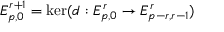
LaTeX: E _ { p , 0 } ^ { r + 1 } = \ker ( d : E _ { p , 0 } ^ { r } \to E _ { p - r , r - 1 } ^ { r } )